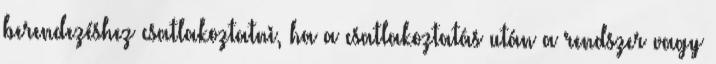
berendezéshez csatlakoztatni, ha a csatlakoztatás után a rendszer vagy